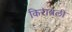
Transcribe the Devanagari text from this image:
किराबली